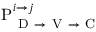
\mathrm { P } _ { \mathrm { ~ D ~ } \rightarrow \mathrm { ~ V ~ } \rightarrow \mathrm { ~ C ~ } } ^ { i \rightarrow j }